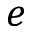
e